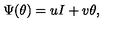
\Psi ( \theta ) = u I + v \theta ,